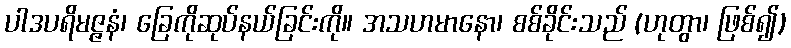
ပါဒပရိမဇ္ဇနံ၊ ခြေကိုဆုပ်နယ်ခြင်းကို။ အသဟမာနော၊ စစ်ခိုင်းသည် (ဟုတွာ၊ ဖြစ်၍)